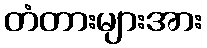
တံတားများအား